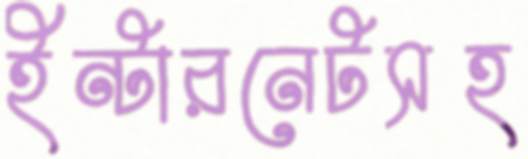
ইন্টারনেটসহ